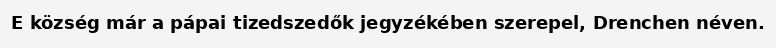
E község már a pápai tizedszedők jegyzékében szerepel, Drenchen néven.